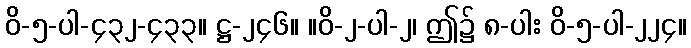
ဝိ-၅-ပါ-၄၃၂-၄၃၃။ ဋ္ဌ-၂၄၆။ ။ဝိ-၂-ပါ-၂၊ ဤ၌ ၈-ပါး ဝိ-၅-ပါ-၂၂၄။